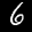
Digit: 6